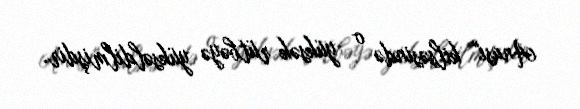
Anası" kilsəsində o yüksək rütbəyə yüksəldilmişdir.